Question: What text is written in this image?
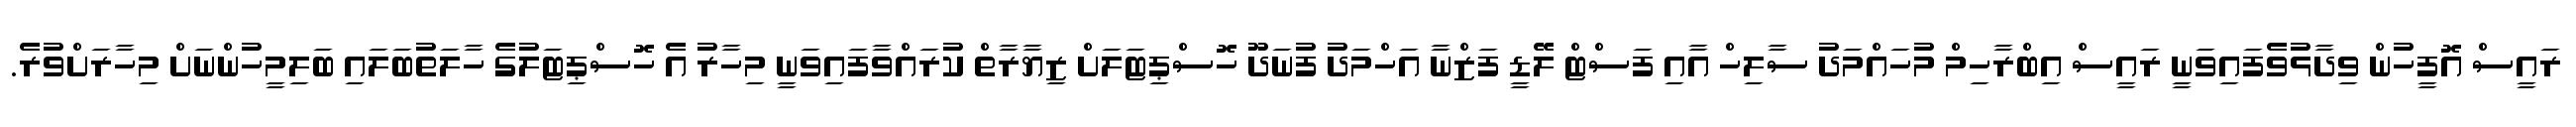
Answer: ރައީސް އޮފީހުން ވިދާޅުވެފައިވަނީ ރައީސް އިބްރާހިމް މުހައްމަދު ސާލިހް އާއި ފަސްޓް ލޭޑީ ފަޒްނާ އަހްމަދު ފުނަދޫ ހޮސްޕިޓަލަށް ޒިޔާރާތް ކުރައްވާފައިވަނީ މިހާރު އެ ހޮސްޕިޓަލުގެ ހާލަތުބަލައި ބަލިމީހުންނަށް މިހާރަށްވުރެ.